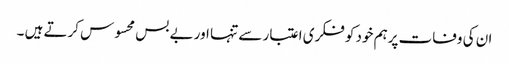
ان کی وفات پرہم خود کو فکری اعتبار سے تنہا اور بے بس محسوس کرتے ہیں ۔